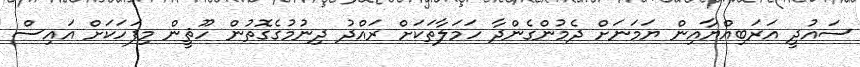
ސައުދީ އަރަބިއްޔާއިން ޔަމަނަށް ދެމުންގެންދާ ހަމަލާތަކަށް ރައްދު ދިނުމުގެގޮތުން ހޫޘީން މިފަހަކަށް އައިސް